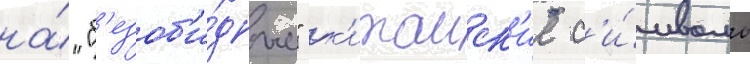
на́ "б'езоб'и́дные" к'итаиск'ие с'и́мволы